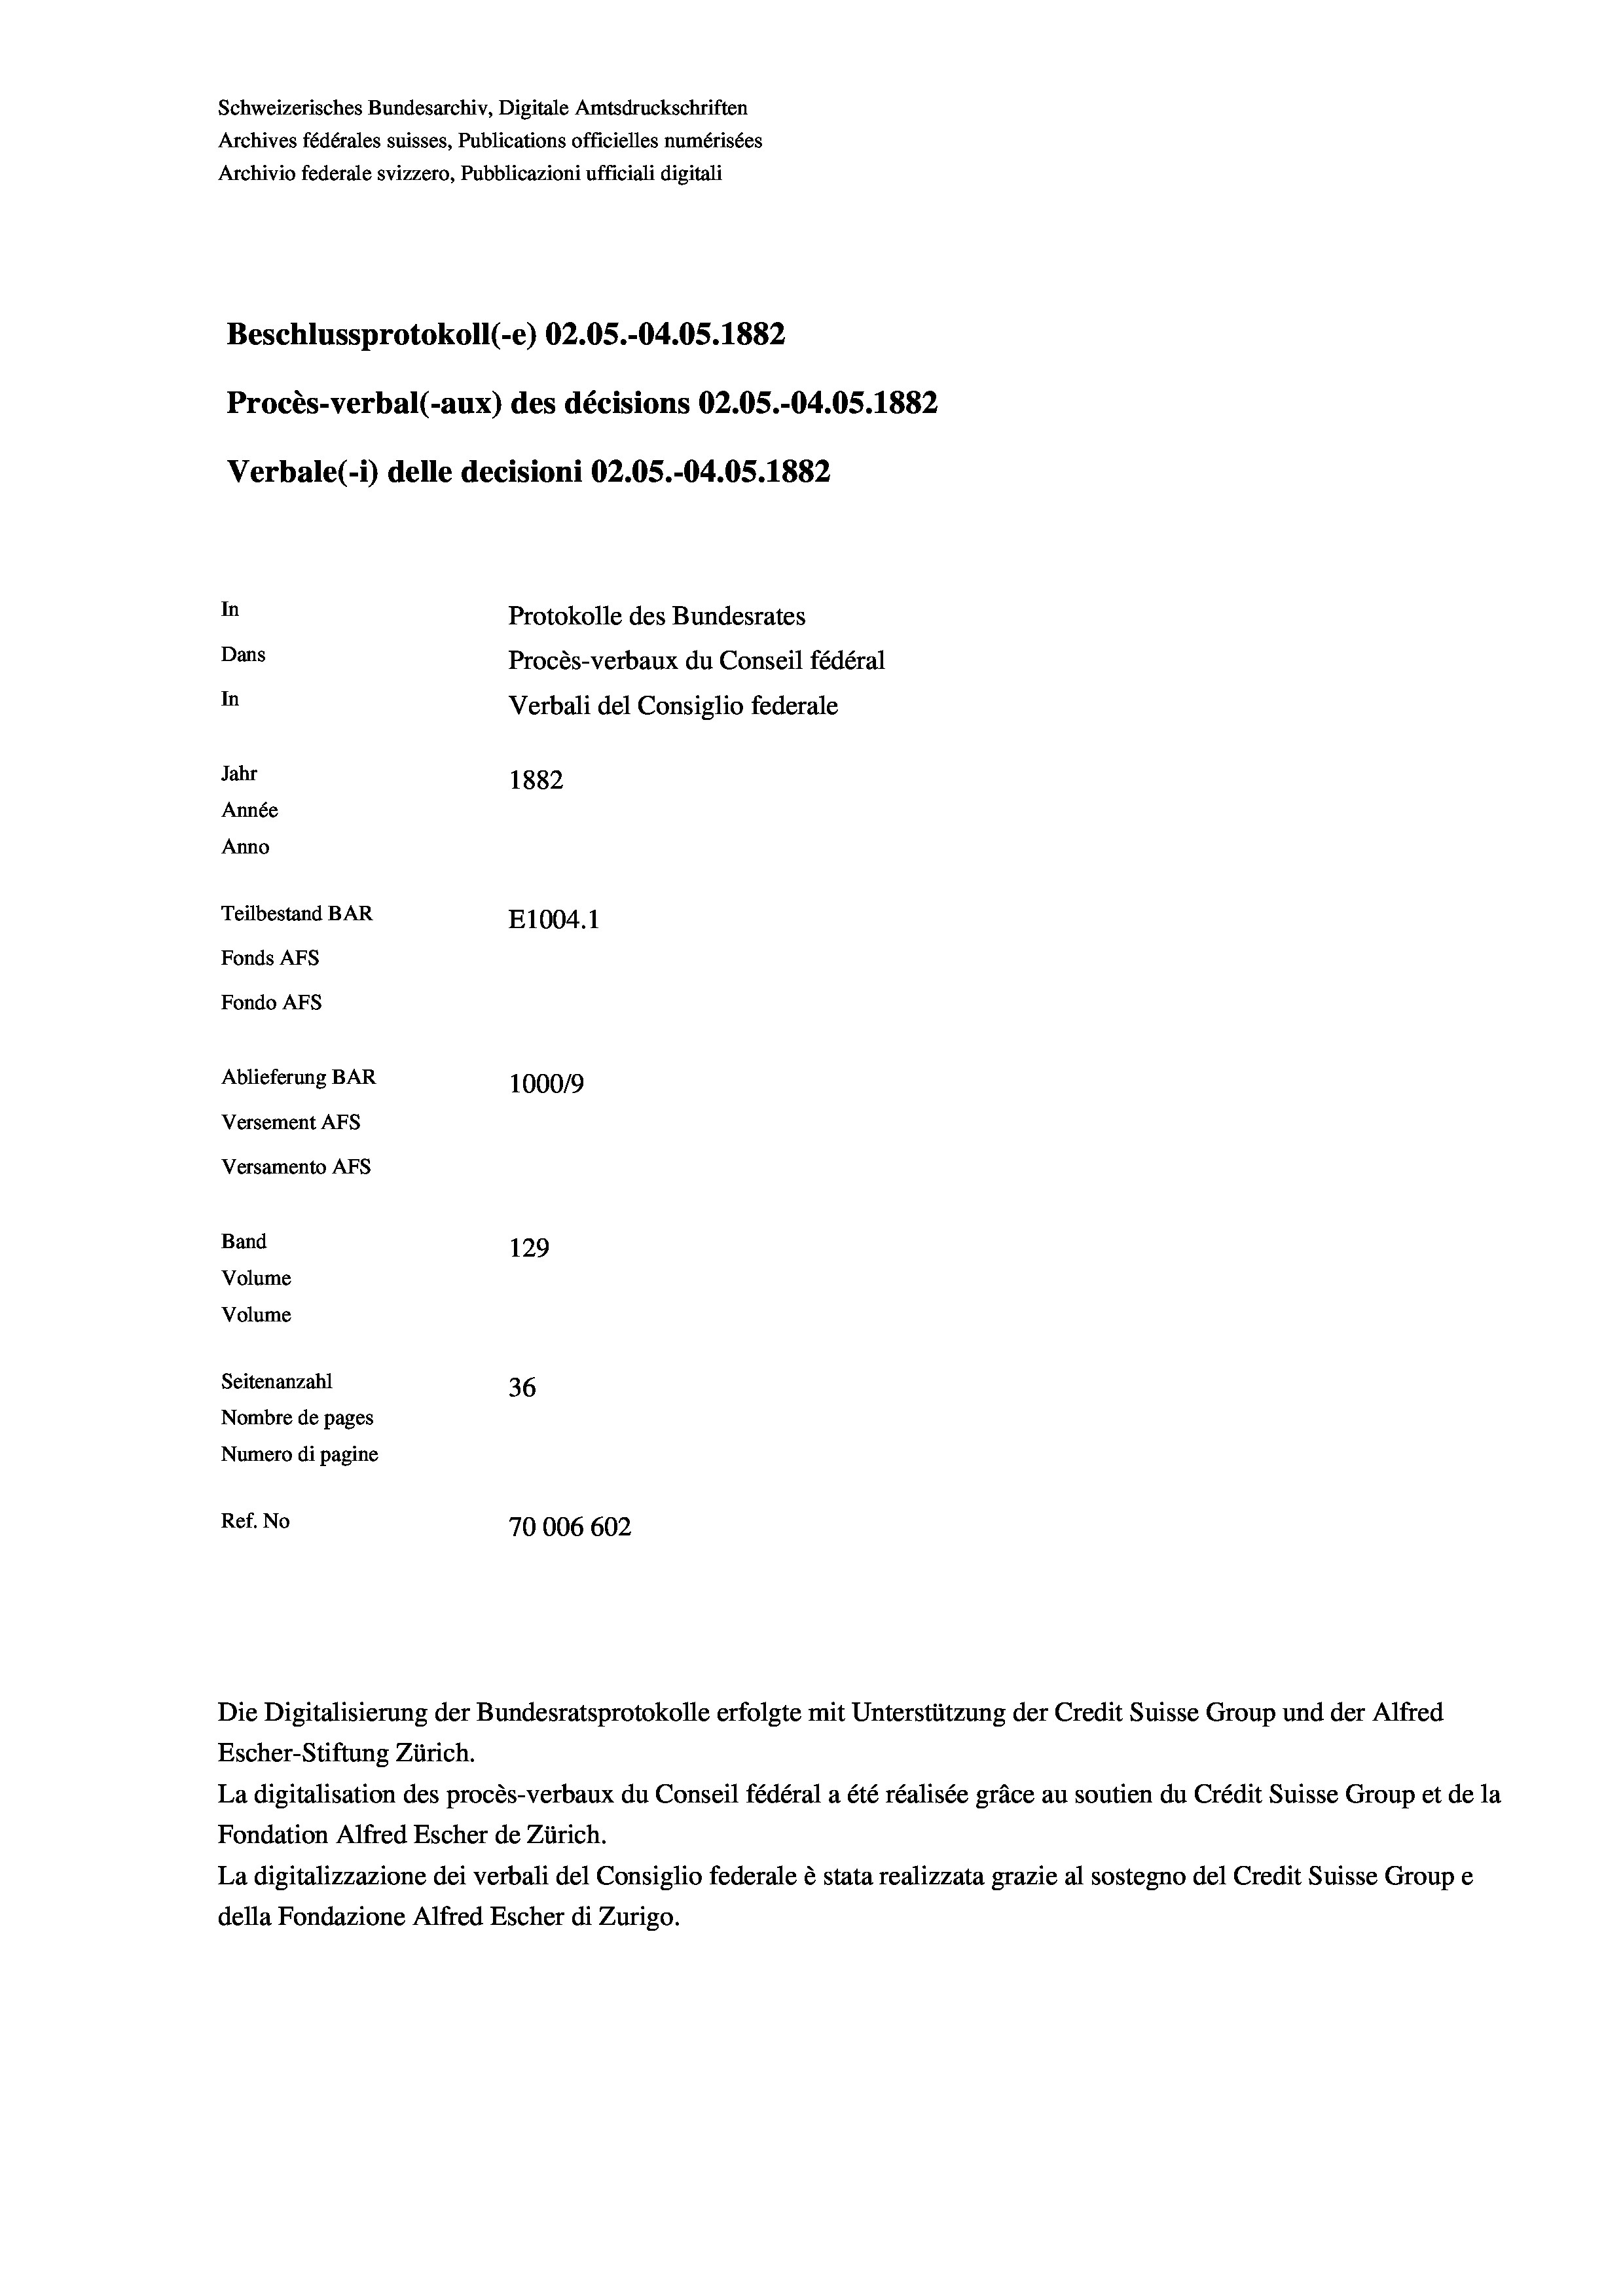
Schweizerisches Bundesarchiv, Digitale Amtsdruckschriften
Archives fédérales suisses, Publications officielles numérisées
Archivio federale svizzero, Pubblicazioni ufficiali digitali
Beschlussprotokoll (-e) 02.05.-04.05. 1882
Procès-verbal (-aux) des décisions 02.05.-04.05. 1882
Verbale (1) delle decisioni 02.05.-04.05. 1882
In
Protokolle des Bundesrates
Dans
Procès-verbaux du Conseil fédéral
In
Verbali del Consiglio federale
Jahr
1882
Année
Anno
Teilbestand BAR
E1004. 1
Fonds AFs
Fondo AFs
Ablieferung BAR
100019
Versement AFs
Versamento AFS
Band
129
Volume
Volume
Seitenanzahl
36
Nombre de pages
Numero di pagine
Ref. No
70006 602

Escher-Stiftung Zürich.
La digitalisation des procès-verbaux du Conseil fédéral a été réalisée gräce au soutien du Crédit Suisse Group et de la
Fondation Alfred Escher de Zürich.
La digitalizzazione dei verbali del Consiglio federale è stata realizzata grazie al sostegno del Credit Suisse Groupe
della Fondazione Alfred Escher di Zurigo.

Die Digitalisierung der Bundesratsprotokolle erfolgte mit Unterstützung der Credit Suisse Group und der Alfred